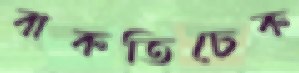
বাকতিচেক